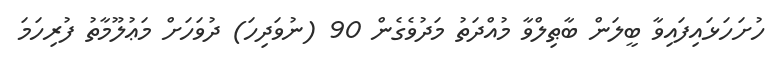
ހުށަހަޅައިފައިވާ ބީލަން ބާޠިލްވާ މުއްދަތު މަދުވެގެން 90 (ނުވަދިހަ) ދުވަހަށް މަޢުލޫމާތު ފުރިހަމަ